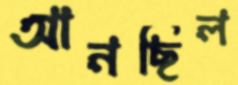
আনছিল